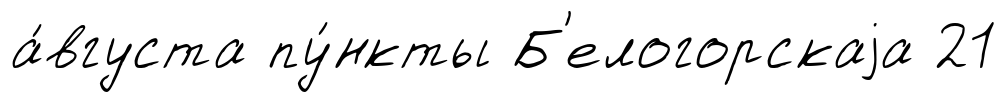
а́вгуста пу́нкты Б'елогорскаjа 21